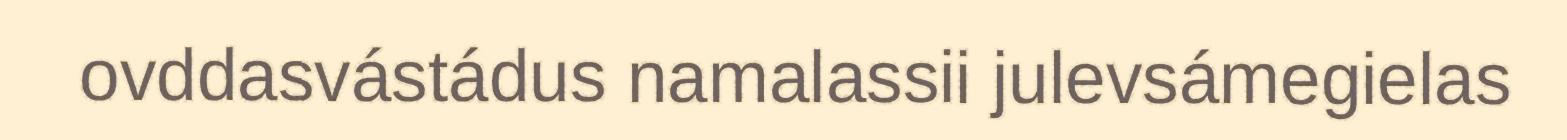
ovddasvástádus namalassii julevsámegielas